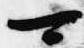
可